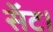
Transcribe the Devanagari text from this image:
सॅट।